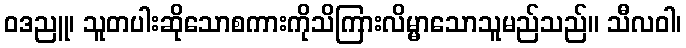
ဝဒညူ၊ သူတပါးဆိုသောစကားကိုသိကြားလိမ္မာသောသူမည်သည်။ သီလဝါ၊